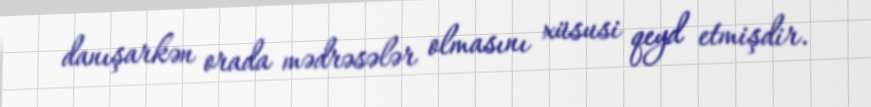
danışarkən orada mədrəsələr olmasını xüsusi qeyd etmişdir.